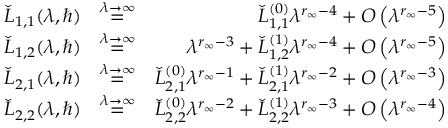
\begin{array} { r l r } { \check { L } _ { 1 , 1 } ( \lambda , \hbar ) } & { \overset { \lambda \to \infty } { = } } & { \check { L } _ { 1 , 1 } ^ { ( 0 ) } \lambda ^ { r _ { \infty } - 4 } + O \left( \lambda ^ { r _ { \infty } - 5 } \right) } \\ { \check { L } _ { 1 , 2 } ( \lambda , \hbar ) } & { \overset { \lambda \to \infty } { = } } & { \lambda ^ { r _ { \infty } - 3 } + \check { L } _ { 1 , 2 } ^ { ( 1 ) } \lambda ^ { r _ { \infty } - 4 } + O \left( \lambda ^ { r _ { \infty } - 5 } \right) } \\ { \check { L } _ { 2 , 1 } ( \lambda , \hbar ) } & { \overset { \lambda \to \infty } { = } } & { \check { L } _ { 2 , 1 } ^ { ( 0 ) } \lambda ^ { r _ { \infty } - 1 } + \check { L } _ { 2 , 1 } ^ { ( 1 ) } \lambda ^ { r _ { \infty } - 2 } + O \left( \lambda ^ { r _ { \infty } - 3 } \right) } \\ { \check { L } _ { 2 , 2 } ( \lambda , \hbar ) } & { \overset { \lambda \to \infty } { = } } & { \check { L } _ { 2 , 2 } ^ { ( 0 ) } \lambda ^ { r _ { \infty } - 2 } + \check { L } _ { 2 , 2 } ^ { ( 1 ) } \lambda ^ { r _ { \infty } - 3 } + O \left( \lambda ^ { r _ { \infty } - 4 } \right) } \end{array}